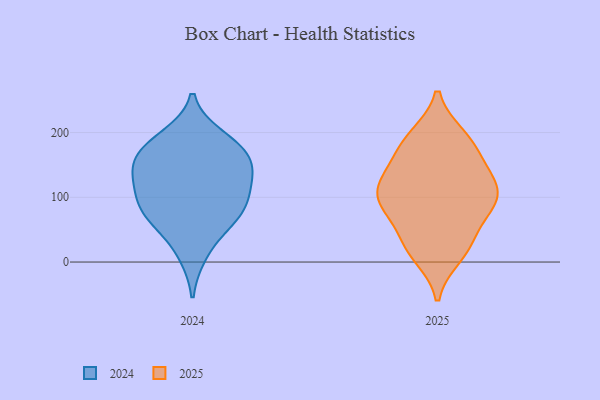
{"axis": {"x": "Conversion Rate (%)", "y": "Value"}, "legend": ["2024", "2025"], "data": [{"x": "", "y": 163, "type": "2025"}, {"x": "", "y": 86, "type": "2025"}, {"x": "", "y": 26, "type": "2025"}, {"x": "", "y": 105, "type": "2025"}, {"x": "", "y": 84, "type": "2025"}, {"x": "", "y": 128, "type": "2025"}, {"x": "", "y": 99, "type": "2025"}, {"x": "", "y": 10, "type": "2025"}, {"x": "", "y": 38, "type": "2025"}, {"x": "", "y": 102, "type": "2025"}, {"x": "", "y": 187, "type": "2025"}, {"x": "", "y": 190, "type": "2025"}, {"x": "", "y": 123, "type": "2025"}, {"x": "", "y": 73, "type": "2025"}, {"x": "", "y": 154, "type": "2025"}, {"x": "", "y": 19, "type": "2025"}, {"x": "", "y": 194, "type": "2025"}, {"x": "", "y": 120, "type": "2025"}, {"x": "", "y": 12, "type": "2024"}, {"x": "", "y": 69, "type": "2024"}, {"x": "", "y": 56, "type": "2024"}, {"x": "", "y": 81, "type": "2024"}, {"x": "", "y": 183, "type": "2024"}, {"x": "", "y": 156, "type": "2024"}, {"x": "", "y": 133, "type": "2024"}, {"x": "", "y": 98, "type": "2024"}, {"x": "", "y": 193, "type": "2024"}, {"x": "", "y": 84, "type": "2024"}, {"x": "", "y": 122, "type": "2024"}, {"x": "", "y": 160, "type": "2024"}, {"x": "", "y": 171, "type": "2024"}, {"x": "", "y": 131, "type": "2024"}]}